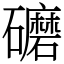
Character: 礳